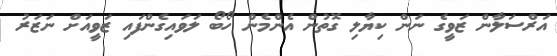
އަރްސަލާން ޒަވީގެ ނަން ކިޔާލި ގޮތުން އެންމެން ހޯބޯ ލަވައިގެންފައި ޒަވީއަށް ނަޒަރު